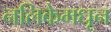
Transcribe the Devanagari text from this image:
नलिकेमधून